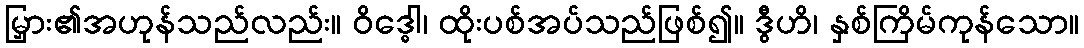
မြှား၏အဟုန်သည်လည်း။ ဝိဒ္ဓေါ၊ ထိုးပစ်အပ်သည်ဖြစ်၍။ ဒွီဟိ၊ နှစ်ကြိမ်ကုန်သော။